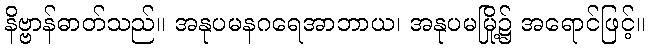
နိဗ္ဗာန်ဓာတ်သည်။ အနုပမနဂရေအာဘာယ၊ အနုပမမြို့၌ အရောင်ဖြင့်။